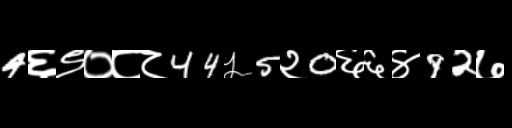
Text: 4६९०८८44५5२0६६४92७